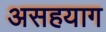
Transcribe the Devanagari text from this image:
असहयाग